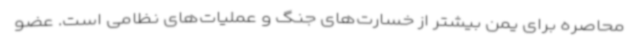
محاصره برای یمن بیشتر از خسارت‌های جنگ و عملیات‌های نظامی است. عضو